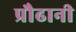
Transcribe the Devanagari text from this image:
प्रौढानी